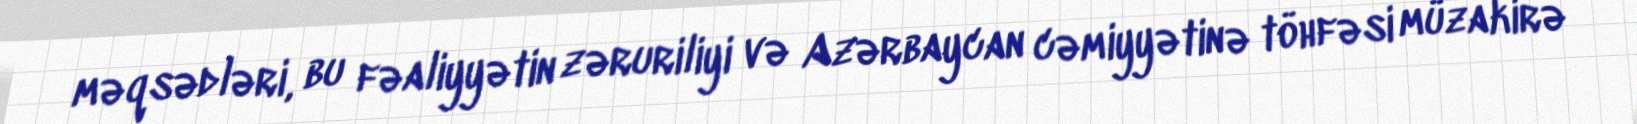
məqsədləri, bu fəaliyyətin zəruriliyi və Azərbaycan cəmiyyətinə töhfəsi müzakirə